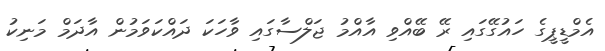
އެމްޑީޕީގެ ހައުގޭގައި ރޭ ބޭއްވި އާއްމު ޖަލްސާގައި ވާހަކަ ދައްކަވަމުން އާދަމް މަނިކު